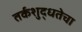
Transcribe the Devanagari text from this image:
तर्कशुद्धतेचा